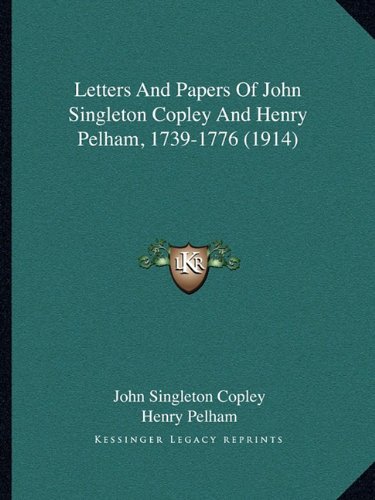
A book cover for Letters And Papers Of John Singleton Copley And Henry Pelham, 1739-1776 (1914); John Singleton Copley; Literature & Fiction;